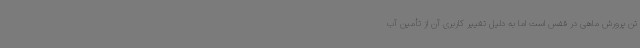
تن پرورش ماهی در قفس است اما به دلیل تغییر کاربری آن از تأمین آب